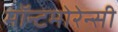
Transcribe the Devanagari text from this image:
मॉन्टमोरेन्सी